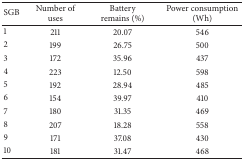
<table><thead><tr><td><b>SGB</b></td><td><b>Number of uses</b></td><td><b>Battery remains (%)</b></td><td><b>Power consumption(Wh)</b></td></tr></thead><tbody><tr><td>1</td><td>211</td><td>20.07</td><td>546</td></tr><tr><td>2</td><td>199</td><td>26.75</td><td>500</td></tr><tr><td>3</td><td>172</td><td>35.96</td><td>437</td></tr><tr><td>4</td><td>223</td><td>12.50</td><td>598</td></tr><tr><td>5</td><td>192</td><td>28.94</td><td>485</td></tr><tr><td>6</td><td>154</td><td>39.97</td><td>410</td></tr><tr><td>7</td><td>180</td><td>31.35</td><td>469</td></tr><tr><td>8</td><td>207</td><td>18.28</td><td>558</td></tr><tr><td>9</td><td>171</td><td>37.08</td><td>430</td></tr><tr><td>10</td><td>181</td><td>31.47</td><td>468</td></tr></tbody></table>